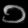
Digit: ၁